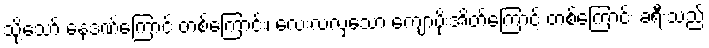
သို့သော် နေဒဏ်ကြောင့် တစ်ကြောင်း၊ လေးလံလှသော ကျောပိုးအိတ်ကြောင့် တစ်ကြောင်း ခရီးသည်